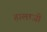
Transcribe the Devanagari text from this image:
हालाजी